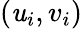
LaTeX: (\mathit{u}_{i},v_{i})